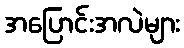
အပြောင်းအလဲများ